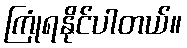
ကြုံရနိုင်ပါတယ်။